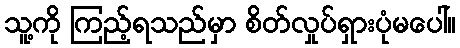
သူ့ကို ကြည့်ရသည်မှာ စိတ်လှုပ်ရှားပုံမပေါ်။